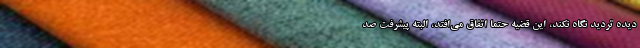
دیده تردید نگاه نکند، این قضیه حتما اتفاق می‌افتد، البته پیشرفت صد